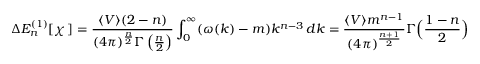
\Delta E _ { n } ^ { ( 1 ) } [ \chi \, ] = \frac { \langle V \rangle ( 2 - n ) } { ( 4 \pi ) ^ { \frac { n } { 2 } } \Gamma \left( \frac { n } { 2 } \right) } \int _ { 0 } ^ { \infty } ( \omega ( k ) - m ) k ^ { n - 3 } \, d k = \frac { \langle V \rangle m ^ { n - 1 } } { ( 4 \pi ) ^ { \frac { n + 1 } { 2 } } } \Gamma \Bigl ( \frac { 1 - n } { 2 } \Bigr )